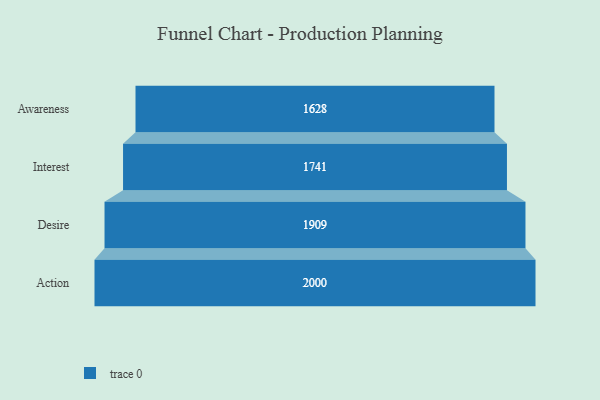
{"axis": {"x": "Stage", "y": "Value"}, "legend": [""], "data": [{"x": "Awareness", "y": 1628.0, "type": ""}, {"x": "Interest", "y": 1741.0, "type": ""}, {"x": "Desire", "y": 1909.0, "type": ""}, {"x": "Action", "y": 2000, "type": ""}]}